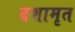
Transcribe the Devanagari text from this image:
दशामृत